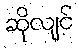
ဆိုလျင်